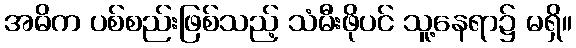
အဓိက ပစ်စည်းဖြစ်သည့် သံမီးဖိုပင် သူ့နေရာ၌ မရှိ။